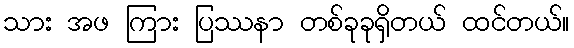
သား အဖ ကြား ပြဿနာ တစ်ခုခုရှိတယ် ထင်တယ်။